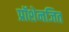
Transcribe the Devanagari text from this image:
प्रॉशेनजित